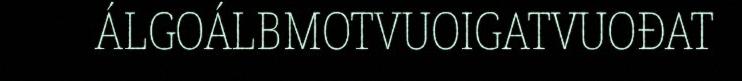
ÁLGOÁLBMOTVUOIGATVUOĐAT